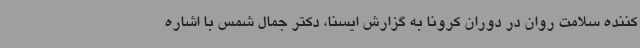
کننده سلامت روان در دوران کرونا به گزارش ایسنا، دکتر جمال شمس با اشاره